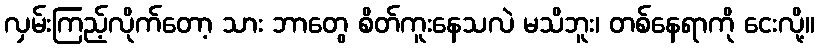
လှမ်းကြည့်လိုက်တော့ သား ဘာတွေ စိတ်ကူးနေသလဲ မသိဘူး၊ တစ်နေရာကို ငေးလို့။